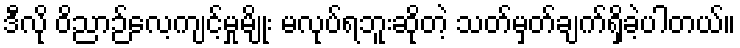
ဒီလို ဝိညာဉ်လေ့ကျင့်မှုမျိုး မလုပ်ရဘူးဆိုတဲ့ သတ်မှတ်ချက်ရှိခဲ့ပါတယ်။